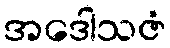
အဒေါသဇံ